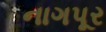
નાગપૂર